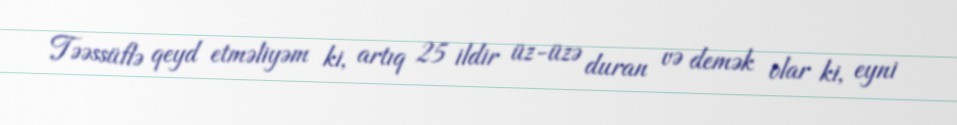
Təəssüflə qeyd etməliyəm ki, artıq 25 ildir üz-üzə duran və demək olar ki, eyni